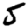
Digit: 5